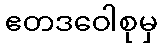
ဧတဒဝေါစုမှ